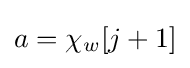
a=\chi _{w}[j+1]